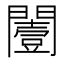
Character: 𨶮